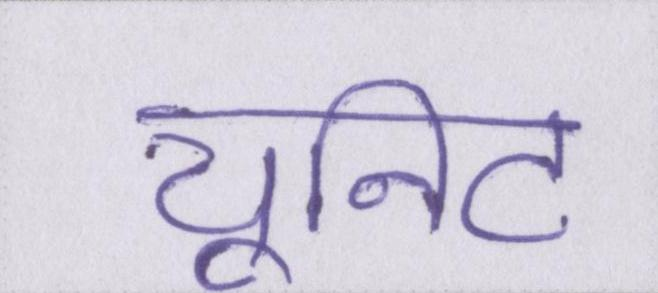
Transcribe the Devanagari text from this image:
यूनिट